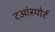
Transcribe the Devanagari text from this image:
टआंस्पोर्ट